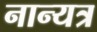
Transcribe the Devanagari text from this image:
नान्यत्र